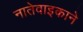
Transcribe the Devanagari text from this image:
नातेवाइकाने